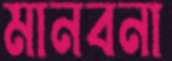
মানবনা